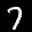
Label: 7